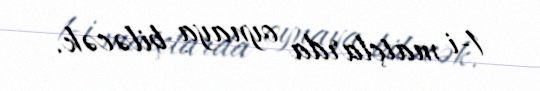
1-i matçlarda oynaya biləcək.